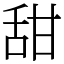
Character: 甜